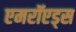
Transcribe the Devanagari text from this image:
एमरॉएड्स